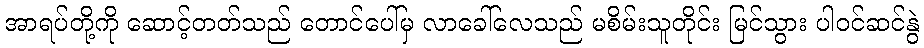
အာရပ်တို့ကို ဆောင့်တတ်သည် တောင်ပေါ်မှ လာခေါ်လေသည် မစိမ်းသူတိုင်း မြင်သွား ပါဝင်ဆင်နွဲ